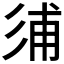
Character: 𢒏